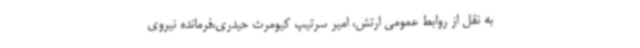
به نقل از روابط عمومی ارتش، امیر سرتیپ کیومرث حیدری،فرمانده نیروی